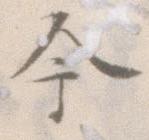
今